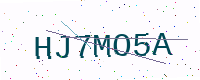
Text: HJ7MO5A